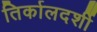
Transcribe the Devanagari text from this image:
तिर्कालदर्शी